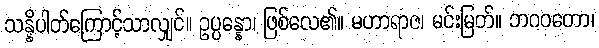
သန္နိပါတ်ကြောင့်သာလျှင်။ ဥပ္ပန္နော၊ ဖြစ်လေ၏။ မဟာရာဇ၊ မင်းမြတ်။ ဘဂဝတော၊